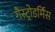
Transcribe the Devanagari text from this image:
गैस्ट्रोडर्मिस